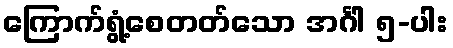
ကြောက်ရွံ့စေတတ်သော အင်္ဂါ ၅-ပါး